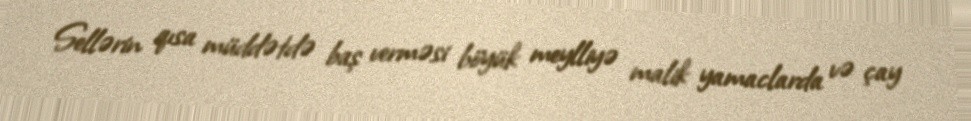
Sellərin qısa müddətdə baş verməsi böyük meylliyə malik yamaclarda və çay